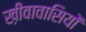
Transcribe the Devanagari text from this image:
ख़ीवावासियों